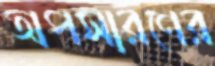
অপসারণের